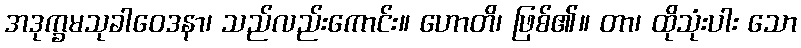
အဒုက္ခမသုခါဝေဒနာ၊ သည်လည်းကောင်း။ ဟောတိ၊ ဖြစ်၏။ တာ၊ ထိုသုံးပါး သော